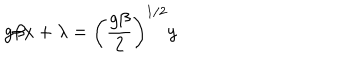
g \beta x + \lambda = \left( { \frac { g \beta } 2 } \right) ^ { 1 / 2 } y